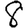
Digit: 8